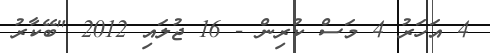
4 އަހަރު 4 މަސް ކުރިން - 16 ޖުލައި 2012 "ބޭކާރު